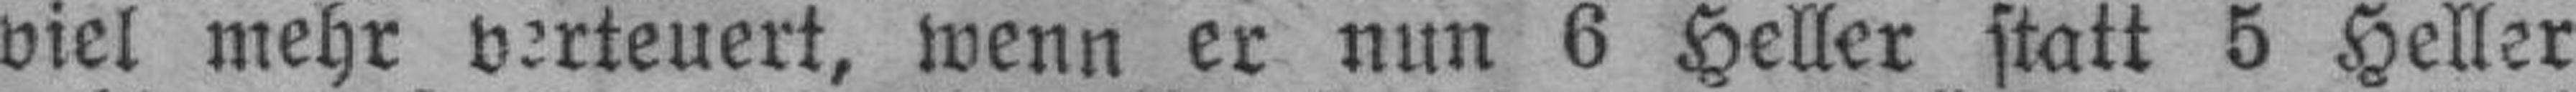
viel mehr verteuert, wenn er nun 6 Heller statt 5 Heller